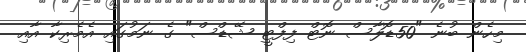
މިހެން ބުނެ "50ޑޮލާސް ނޮޓް ފިފްޓީ ޝޭޑްސް" ގެ ނަމުގައި އެމެރިކާ އާއި